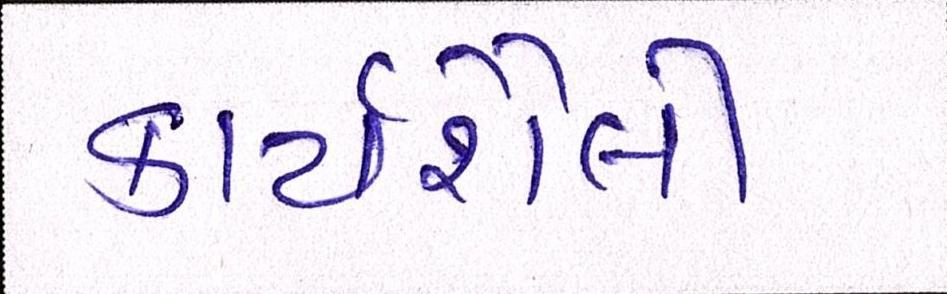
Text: કાર્યશૈલી